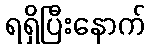
ရရှိပြီးနောက်